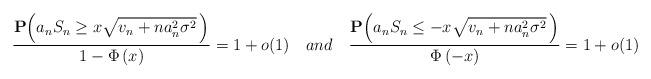
LaTeX: \begin{align*}\frac{\mathbf{P}\Big( a_n S_n \geq x \sqrt{ v_n + na_n^2 \sigma^2 } \, \Big)}{1-\Phi \left( x\right)}=1+o(1) \ \ \ and \ \ \ \frac{\mathbf{P}\Big( a_n S_n \leq- x \sqrt{v_n + na_n^2 \sigma^2 } \, \Big)}{\Phi \left( -x\right)}=1+o(1)\end{align*}